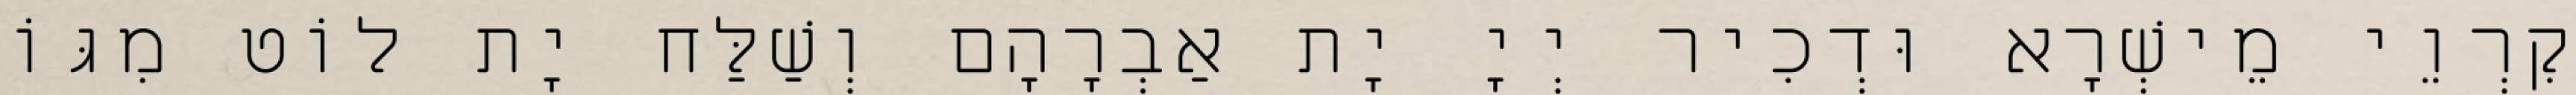
קִרְוֵי מֵישְׁרָא וּדְכִיר יְיָ יָת אַבְרָהָם וְשַׁלַּח יָת לוֹט מִגּוֹ